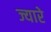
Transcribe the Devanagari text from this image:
ज्यारे